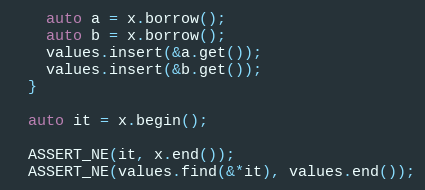
Language: C++
    auto a = x.borrow();
    auto b = x.borrow();
    values.insert(&a.get());
    values.insert(&b.get());
  }

  auto it = x.begin();

  ASSERT_NE(it, x.end());
  ASSERT_NE(values.find(&*it), values.end());